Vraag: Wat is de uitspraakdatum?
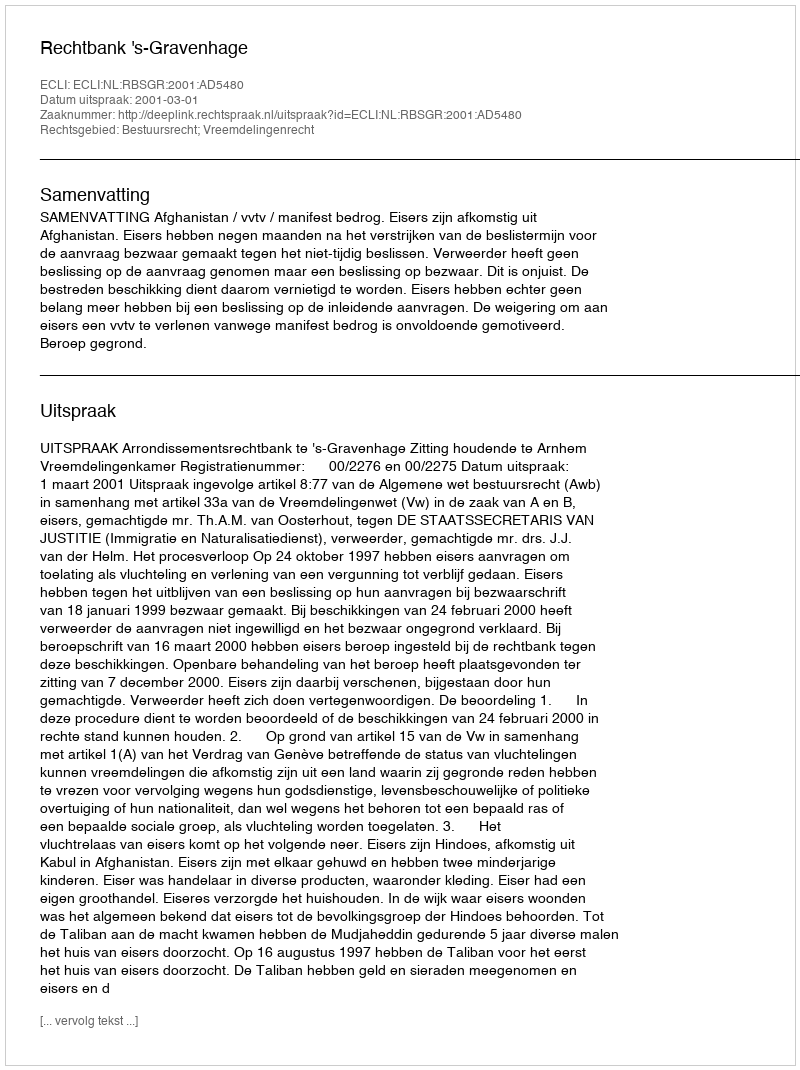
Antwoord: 2001-03-01